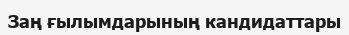
Заң ғылымдарының кандидаттары